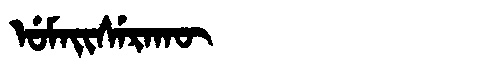
Manchu: ᡠᠮᠠᡳᠰᡝᡵᠠᡴᡡ
Romanization: UMAISERAKŪ